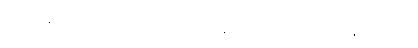
အာမန္တေတွာ၊ ခေါ်၍။ မဟာသေဋ္ဌိ၊ သူဌေးကြီး။ ဣဓေဝ၊ ဤအိမ်၌လျှင်။